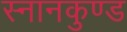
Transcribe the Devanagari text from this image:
स्‍नानकुण्‍ड